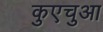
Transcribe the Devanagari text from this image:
कुएचुआ